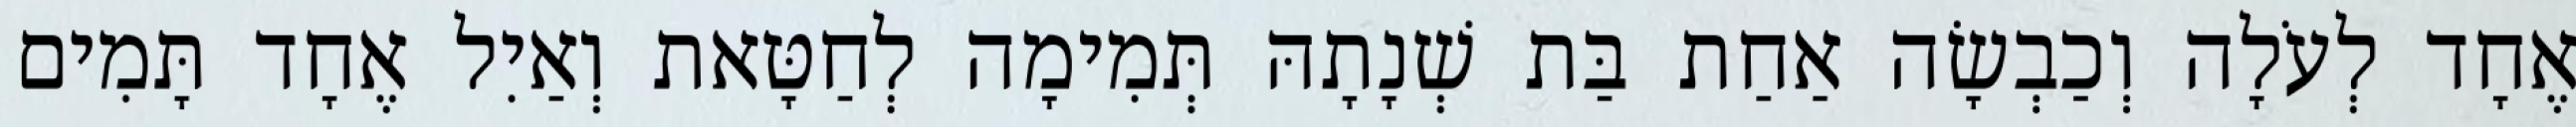
אֶחָד לְעֹלָה וְכַבְשָׂה אַחַת בַּת שְׁנָתָהּ תְּמִימָה לְחַטָּאת וְאַיִל אֶחָד תָּמִים